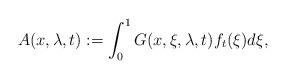
LaTeX: \begin{align*}A(x,\lambda,t):=\int\nolimits_{0}^{1}G(x,\xi,\lambda,t)f_{t}(\xi)d\xi,\end{align*}